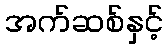
အက်ဆစ်နှင့်